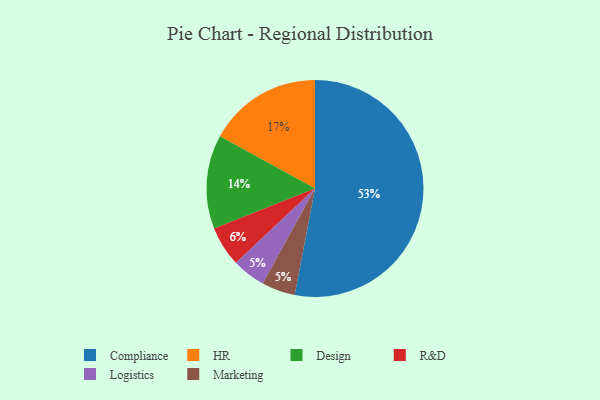
{"axis": {"x": "Category", "y": "Percentage"}, "legend": ["Compliance", "Design", "HR", "Logistics", "Marketing", "R&D"], "data": [{"x": "Logistics", "y": 5, "type": "Logistics"}, {"x": "Compliance", "y": 53, "type": "Compliance"}, {"x": "HR", "y": 17, "type": "HR"}, {"x": "Design", "y": 14, "type": "Design"}, {"x": "Marketing", "y": 5, "type": "Marketing"}, {"x": "R&D", "y": 6, "type": "R&D"}]}